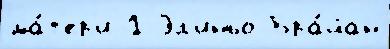
ма́т'ер'и 1 Эл'иньо Бра́йан